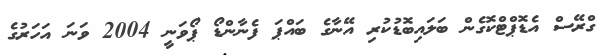
ގްރޭސް އެޑޮޕްޓްކޮގެން ބަލައިބޮޑުކުރި އޭނާގެ ބައްޕަ ފެނާންޑޯ ޕޯވަނީ 2004 ވަނަ އަހަރުގެ